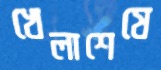
খেলাশেষে